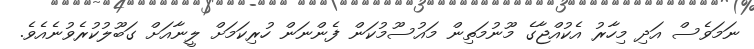
ނަމަވެސް އަދި މިހާރު އެކުއްޖާގެ މޫނުމަތިން މައުސޫމުކަން ފެންނަން ހުރިކަމަށް ލީނާއަށް ގަބޫލުކުރެވުނެއެވެ.